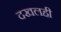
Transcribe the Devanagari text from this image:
दखलही